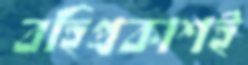
বহিপ্রকাশই